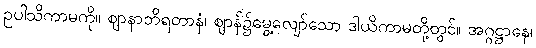
ဥပါသိကာမကို။ ဈာနာဘိရတာနံ၊ ဈာန်၌မွေ့လျော်သော ဒါယိကာမတို့တွင်။ အဂ္ဂဋ္ဌာနေ၊